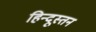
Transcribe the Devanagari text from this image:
हिन्दूस्तन